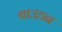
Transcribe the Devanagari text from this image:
बाउडन